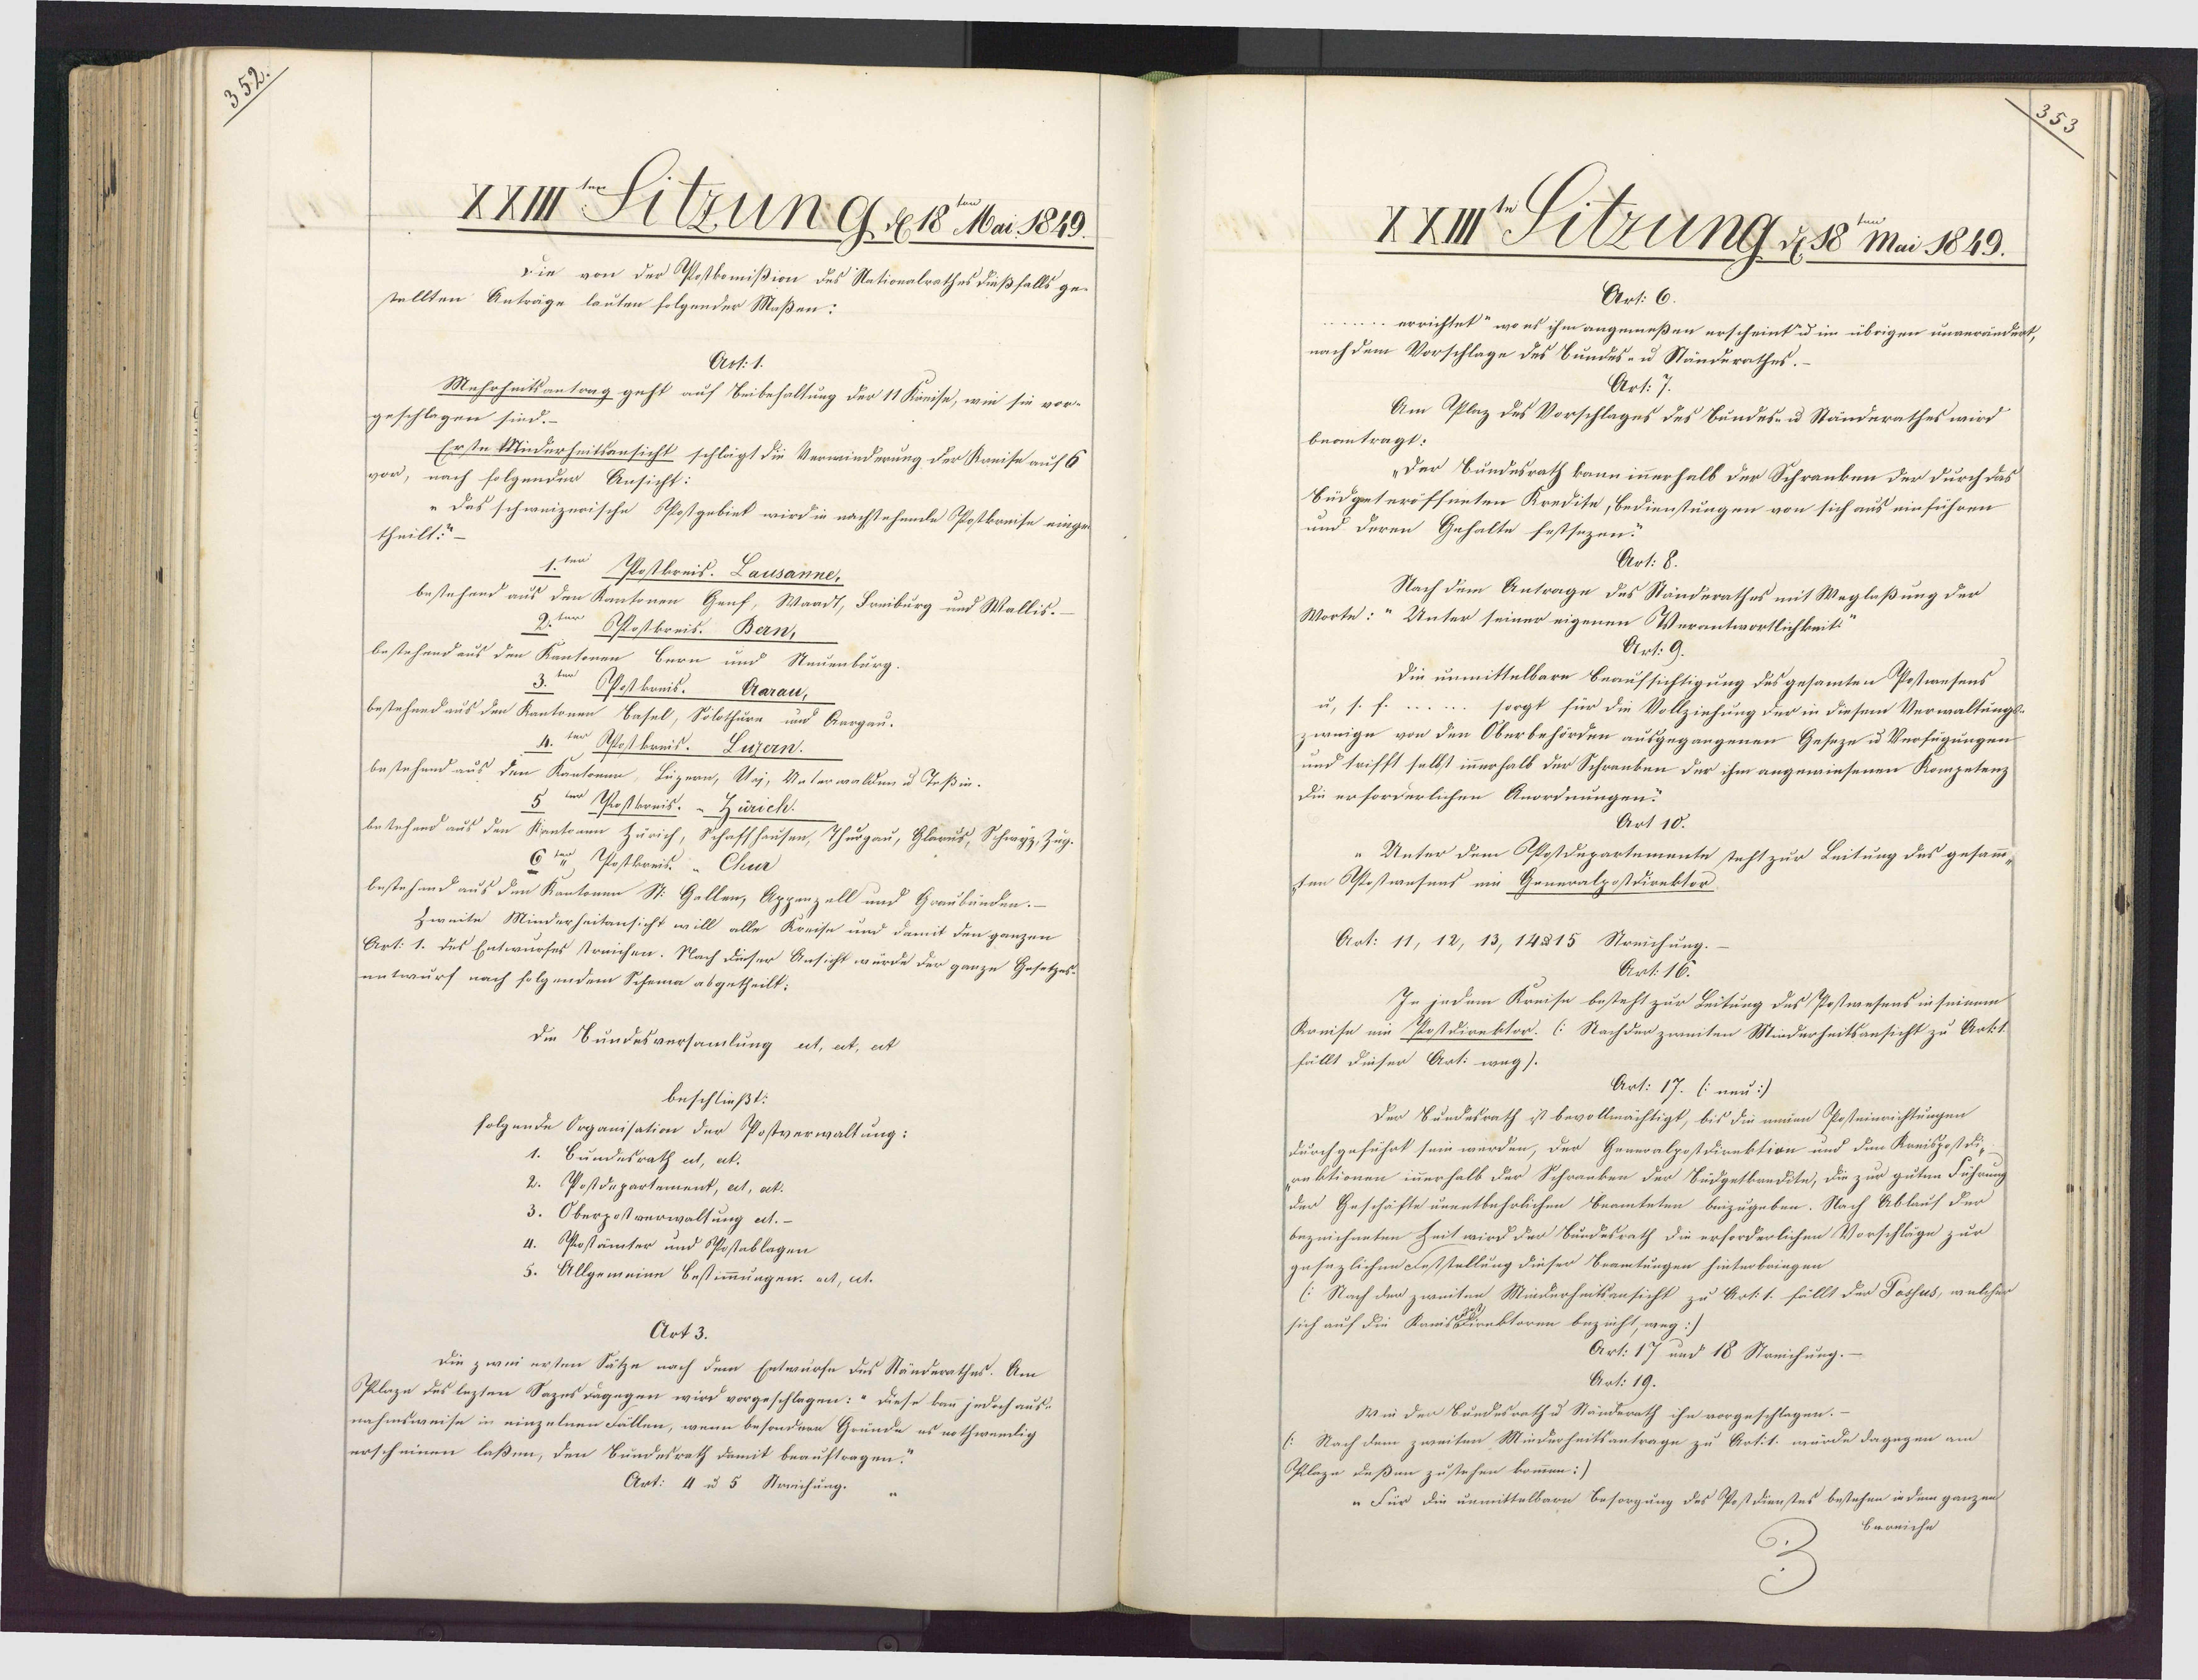
5

XXIII Sitzung. d. 18 Nai 1819.
Die von der Postkomißion des Nationalrathes dießfalls ge¬
stellten Anträge lauten folgender Maßen:
Art: 1.
Mehrheitsantrag geht auf Beibehaltung der 11 Kreise, wie sie vor¬
geschlagen sind.–
Erste Müderheitsansicht schlägt die Verwinderung der Ranise auf 6
vor, nach folgender Ansicht:
"Das schweizerische Ppostgebiet wird in nachstehende Postkreise einge¬
theilt?-
1ten Postkreis. Lausanne.
bestehend aus den Kantonen Genf, Waadt, Freiburg und Wallis.
2.ten Postkreis. Bern,
bestehend aus den Kantonen Bern und Neuenburg.
Postkrnis. Aarau,
bestehend aus den Kantonen Basel, Solothure und Aargau.
4.ter Rfostkreis. Luzern.
bestehend aus den Kantonin, Lüzern, Klej, Unterwalden u Teßin.
5 urd Postkreis: "Zürich.
betehend aus den Kantonen Zürich, Schaffhausen, Thurgau, Glarus, Schwyz, Zug
6ten Postkreis " Chur
bestehend aus den Kantonen St. Gallen, Appenzell und Graubünden.-
Zweite Minderheitansicht will alle Kreise und damit den ganzen
Art: 1. des Entwurfes streichen. Nach dieser Ansicht würde der ganze Gesetzes-
entwurf nach folgendem Scheina abgetheilt:
die Bundesversamlung ut, et, ect
beschließt:
folgende Organisation der Postverwaltung:
1. Bundesrath ut, et.
2. Postdepartement, ect, at.
3. Oberpostverwaltung et.
4. Postämter und Postablagen
5. Allgemeine Bestimmungen. ect, ect.
Art 3.
Die zwei ersten Sätze nach dem Entwurfe des Ständerathes. Am
Plaze des lezten Sazes dagegen wird vorgeschlagen: - Diese kan jedoch aus¬
nahmsweise in einzelnen Fällen, wenn besondern Gründe es nothwendig
erscheinen laßen, den Bundesrath damit beauftragen.
Art: 4 u 5 Streichung.

XXI Sitzung d38 Ma 1819.
Art: 6.
errichtet“ wo es ihm angemeßen erscheint u im übrigen unverändert,
nach dem Vorschlage des Bundes- u Ständerathes.
Art:)
Am Plaz des Vorschlages des Bundes- u Ständerathes wird
beanträgt:
„Der Bundesrath kann innerhalb der Schranken der durch das
Büdgeteröffneten Kredite, Bedienstungen von sich aus einführen
und deren Gehalte festsezen:
Art: 8.
Nach dem Antrage des Ständerathes mit Weglaßung der
Worte: “ Unter seiner eigenen Verantwortlichkeit
Art: 9.
Die unmittelbare Beaufsichtigung des gesamten Postwesens
u, s. f. .. sorgt für die Vollziehung der in diesem Verwaltungs¬
zwnige von den Oberbehörden ausgegangenen Geseze u Verfügungen
und trifft selbst innerhalb der Schranken der ihm angewiesenen Kompetenz
Die erforderlichen Anordnungen?
Art 10.
Unter dem PPostdepartemente steht zur Leitung des gesamm¬
ten Astostwesens ein Generalpostdirektor
Art: 11, 12, 13, 14u15 Streichung.
Art. 16.
In jedem Kreise besteht zur Leitung des Postwesens in seinem
Kreise um Postdirektor. (: Nachder zweiten Minderheitsansicht zu Arti1
fällt dieser Art: weg).
Art: 17. ( neu:/
Der Bundesrath ist bevollmächtigt, bis die meien Posteinrichtungen
durchgeführt sein werden, der Generalpostdirektion und den Kreispostdi-
rektionen innerhalb der Schranken der Budgetkredite, die zur guten Führung
der Geschäfte unentbehrlichen Beamteten beizugeben. Nach Ablauf der
bezeichneten Zeit wird der Bundesrath die erforderlichen Vorschläge zur
gesezlichen Feststellung dieser Beamtungen hinterbringen
(Nach der zweiten Minderheitsansicht zu Art: 1. fällt der Possus, welcher
sich auf die Kanisirektoren bezicht, weg:)
Art: 17 und 18 Streichung.
Art: 19.
Wie der Bundesrath u Ständerath ihn vorgeschlagen:-
(:Nach dem zweiten Miederheitsantrage zu Art:1. würde dagegen am
Plaze deßen zustehen kommen:)
„Für die unmittelbare Besorgung des Postdienstes bestehen in dem ganzen
Bereiche
6